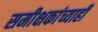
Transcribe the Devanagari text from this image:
समीक्षकांच्याही